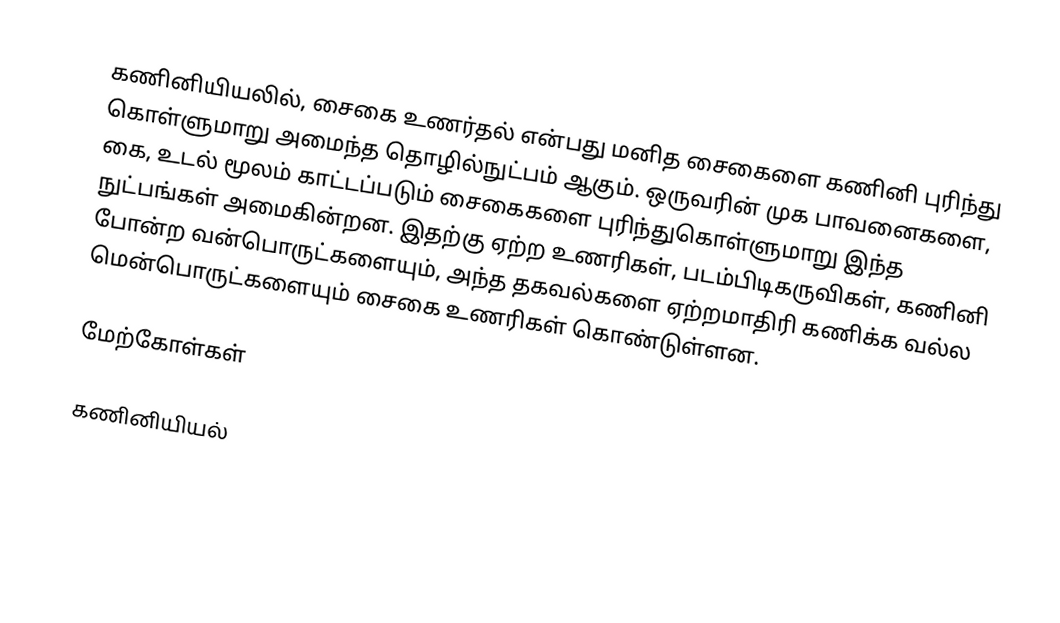
கணினியியலில், சைகை உணர்தல் என்பது மனித சைகைளை கணினி புரிந்து கொள்ளுமாறு அமைந்த தொழில்நுட்பம் ஆகும்.  ஒருவரின் முக பாவனைகளை, கை, உடல் மூலம் காட்டப்படும் சைகைகளை புரிந்துகொள்ளுமாறு இந்த நுட்பங்கள் அமைகின்றன.  இதற்கு ஏற்ற உணரிகள், படம்பிடிகருவிகள், கணினி போன்ற வன்பொருட்களையும், அந்த தகவல்களை ஏற்றமாதிரி கணிக்க வல்ல மென்பொருட்களையும் சைகை உணரிகள் கொண்டுள்ளன.

மேற்கோள்கள்

கணினியியல்